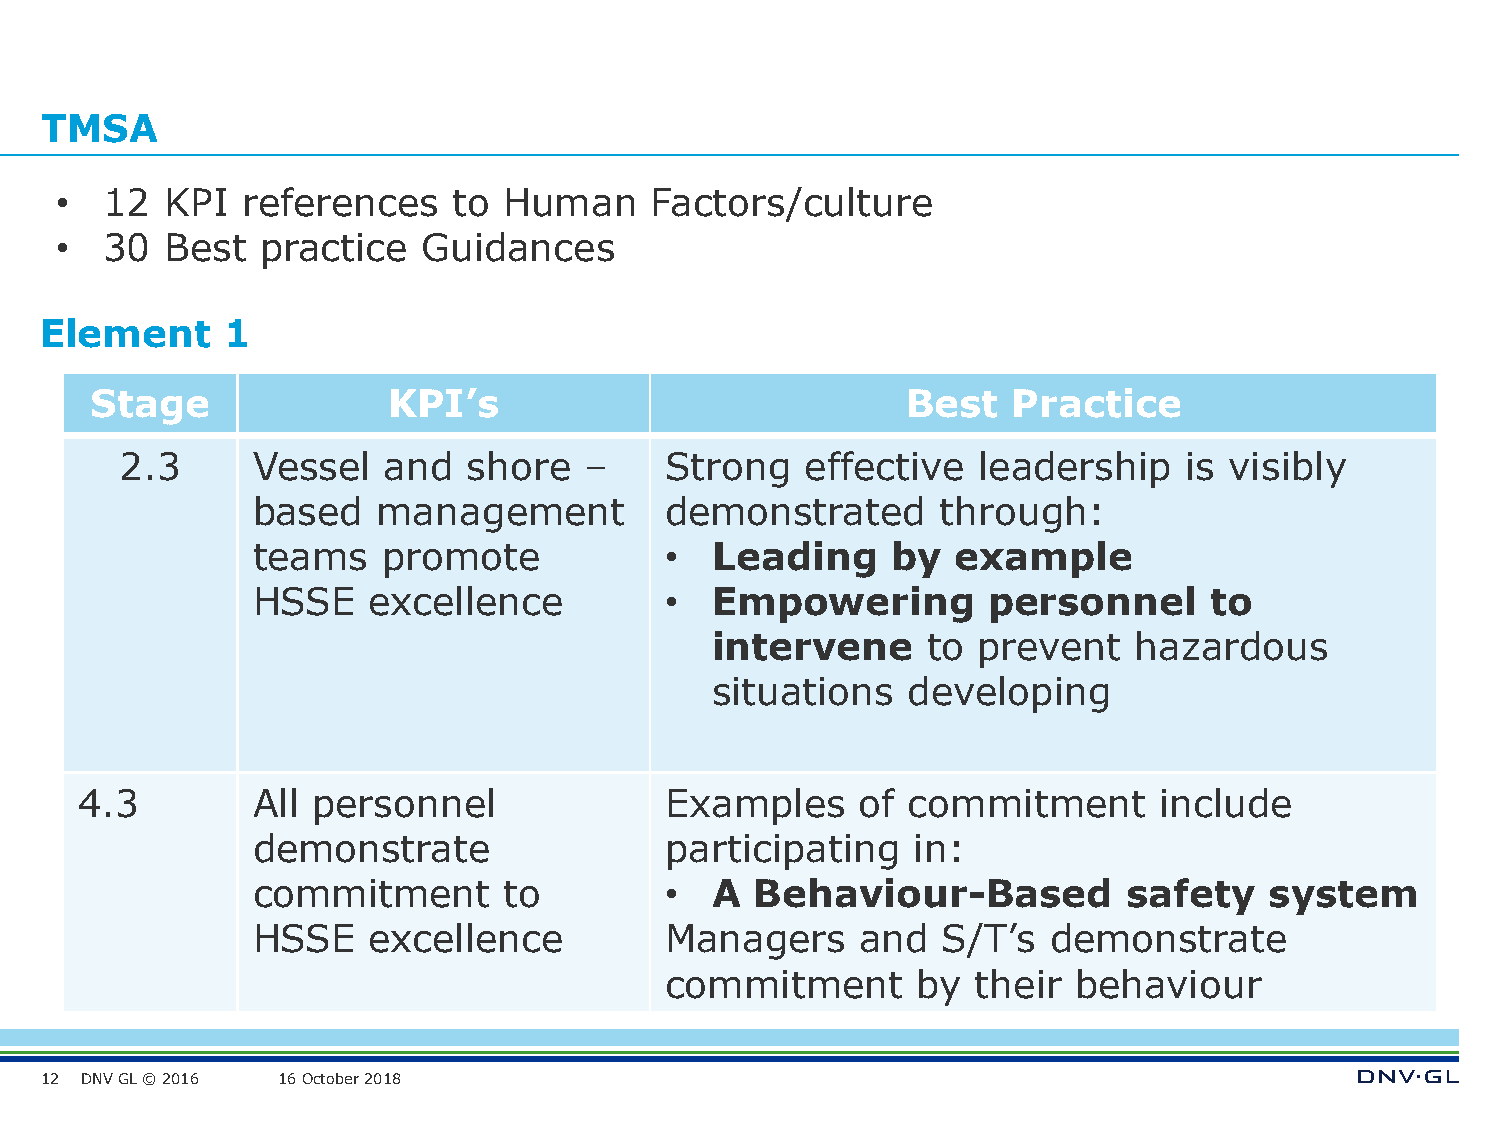
TMSA
 •  12  KPI  references    to Human     Factors/culture
 •  30  Best  practice   Guidances
 Element     1
 Stage               KPI’s                             Best   Practice
 2.3      Vessel  and   shore   –    Strong   effective   leadership   is visibly
 based   management         demonstrated      through:
 teams   promote            •  Leading     by  example
 HSSE   excellence          •  Empowering        personnel      to
 intervene     to  prevent   hazardous
 situations   developing
 4.3         All personnel              Examples     of commitment       include
 demonstrate                participating   in:
 commitment      to         •  A  Behaviour-Based          safety   system
 HSSE   excellence          Managers     and  S/T’s   demonstrate
 commitment       by  their behaviour
 12 DNV GL © 2016 16 October 2018